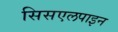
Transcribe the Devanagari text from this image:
सिसएलपाइन